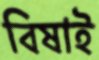
বিষাই